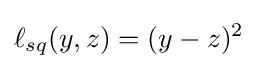
\ell _{sq}(y,z)=(y-z)^{2}